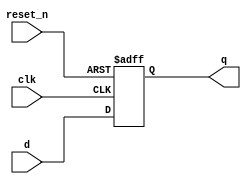
//32-bit Resettable D flip-flop
module _dff32_r(q, clk, reset_n, d);
	input clk, reset_n; 	//clk, active-low reset
	input [31:0] d; 		//input d
	output [31:0] q; 		//output q
	
	reg [31:0] q;
	
	always @(posedge clk or negedge reset_n) 
	begin
		if (reset_n == 0) q <= 31'b0; //reset_n = 0, q = 0
		else q <= d;
	end
endmodule